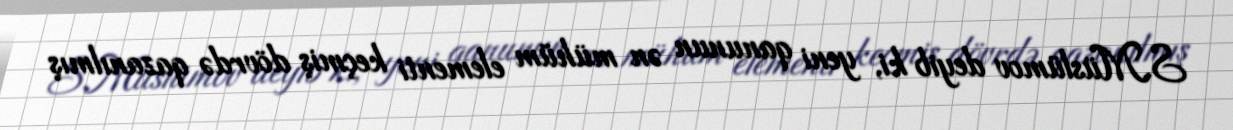
S.Müslümov deyib ki, yeni qanunun ən mühüm elementi keçmiş dövrdə qazanılmış